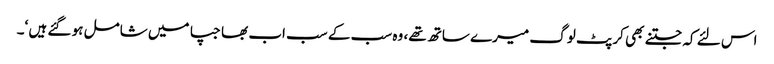
اس لئے کہ جتنے بھی کرپٹ لوگ میرے ساتھ تھے، وہ سب کے سب اب بھاجپا میں شامل ہو گئے ہیں ‘۔